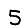
Digit: 5